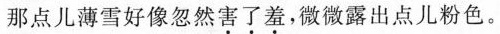
那点儿薄雪好像忽然害了羞，微微露出点儿粉色。